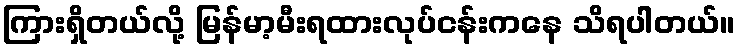
ကြားရှိတယ်လို့ မြန်မာ့မီးရထားလုပ်ငန်းကနေ သိရပါတယ်။